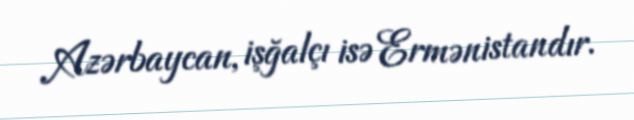
Azərbaycan, işğalçı isə Ermənistandır.